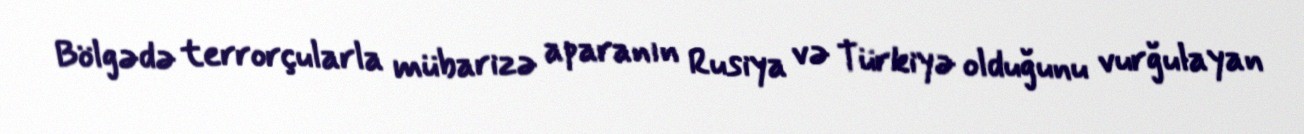
Bölgədə terrorçularla mübarizə aparanın Rusiya və Türkiyə olduğunu vurğulayan